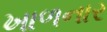
ખાળનાર